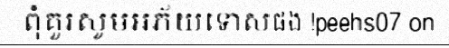
ពុំគួរសូមអភ័យទោសផង !peehs07 on